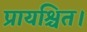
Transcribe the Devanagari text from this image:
प्रायश्चित।